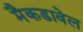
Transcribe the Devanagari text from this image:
मैकडावेल